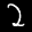
Label: 2